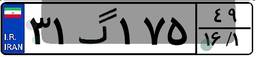
۳۱گ۱۷۵۴۹